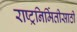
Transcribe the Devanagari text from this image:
राष्ट्रनिर्मितीसाठी